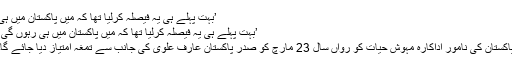
’بہت پہلے ہی یہ فیصلہ کرلیا تھا کہ میں پاکستان میں ہی
’بہت پہلے ہی یہ فیصلہ کرلیا تھا کہ میں پاکستان میں ہی رہوں گی‘
پاکستان کی نامور اداکارہ مہوش حیات کو رواں سال 23 مارچ کو صدر پاکستان عارف علوی کی جانب سے تمغہ امتیاز دیا جائے گا۔